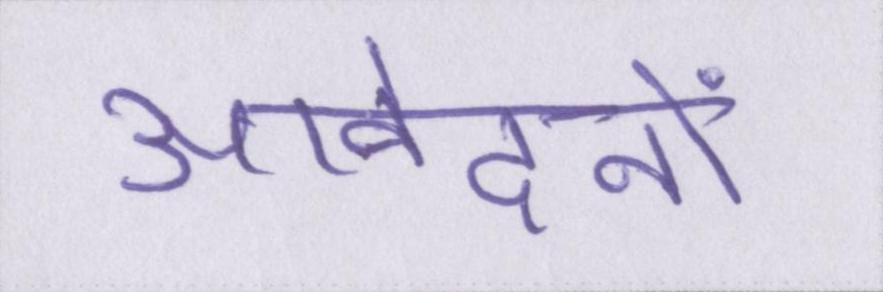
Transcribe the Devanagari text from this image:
आवेदनों